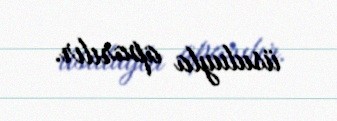
üsuluyla aparılır.